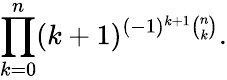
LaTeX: \prod_{k=0}^{n}(k+1)^{(-1)^{k+1}{\binom{n}{k}}}.